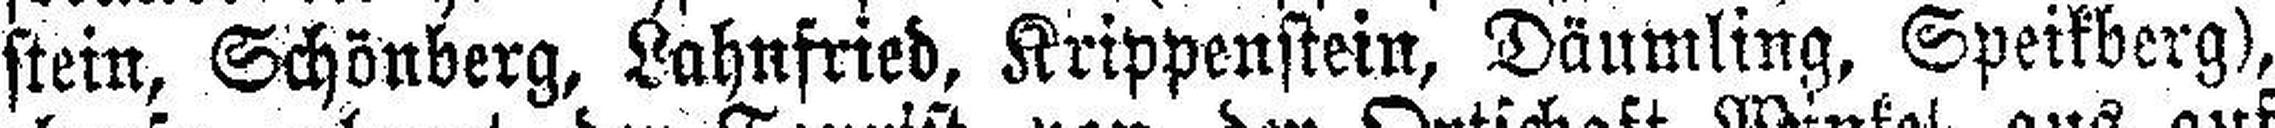
stein. Schönberg, Lahnfried, Krippenstein, Däumling, Speikberg),